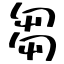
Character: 芻